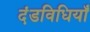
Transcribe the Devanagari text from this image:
दंडविधियाँ